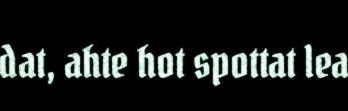
dat, ahte hot spottat lea